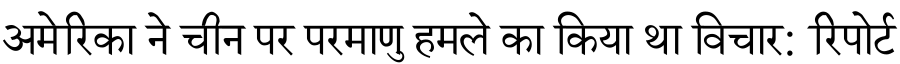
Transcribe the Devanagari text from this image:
अमेरिका ने चीन पर परमाणु हमले का किया था विचार: रिपोर्ट